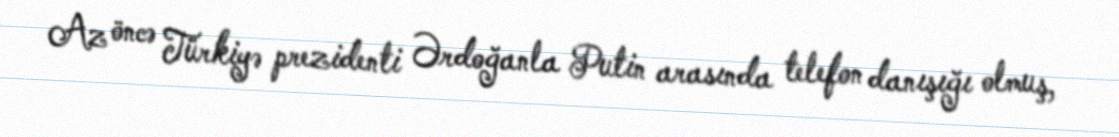
Az öncə Türkiyə prezidenti Ərdoğanla Putin arasında telefon danışığı olmuş,